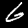
Label: 6